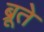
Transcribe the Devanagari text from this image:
ब्रूते